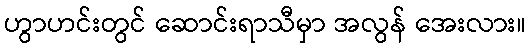
ဟွာဟင်းတွင် ဆောင်းရာသီမှာ အလွန် အေးလား။